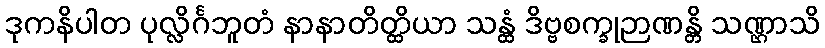
ဒုကနိပါတ ပုလ္လိင်္ဂဘူတံ နာနာတိတ္ထိယာ သန္ထံ ဒိဗ္ဗစက္ခုဉာဏန္တိ သဏ္ဌာသိ